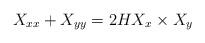
LaTeX: \begin{align*} X_{xx}+X_{yy} = 2H X_x \times X_y\end{align*}